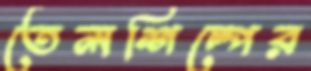
তেলশিল্পের